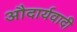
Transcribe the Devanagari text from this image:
औदार्यवादी